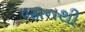
જાનથી